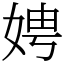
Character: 娉